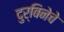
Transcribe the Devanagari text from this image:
दुर्बिनेचे